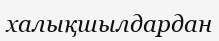
халықшылдардан